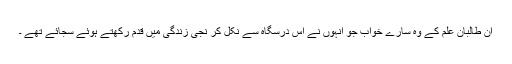
ان طالبان علم کے وہ سارے خواب جو انہوں نے اس درسگاہ سے نکل کر نجی زندگی میں قدم رکھتے ہوئے سجائے تھے ۔